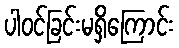
ပါဝင်ခြင်းမရှိကြောင်း